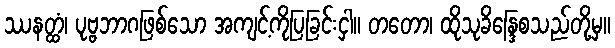
ဿနတ္ထံ၊ ပုဗ္ဗဘာဂဖြစ်သော အကျင့်ကိုပြခြင်းငှါ။ တတော၊ ထိုသုခိန္ဒြေစသည်တို့မှ။